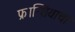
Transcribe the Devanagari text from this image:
फ्रान्शियाचा